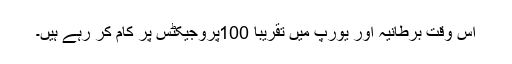
اس وقت برطانیہ اور یورپ میں تقریباً 100پروجیکٹس پر کام کر رہے ہیں۔